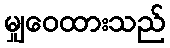
မျှဝေထားသည်